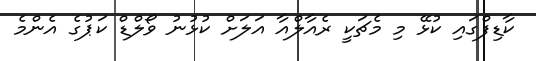
ކާޑިފްގައި ކުޅޭ މި މެޗަކީ ރެއާލްއާ އަލަށް ކުޅުނު ވޯލްޑް ކަޕުގެ އެންމެ